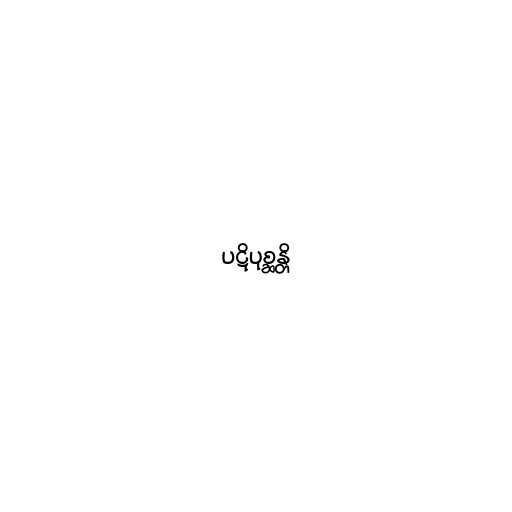
ပဋိပုစ္ဆန္တိ